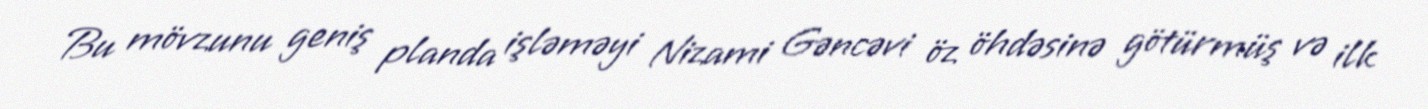
Bu mövzunu geniş planda işləməyi Nizami Gəncəvi öz öhdəsinə götürmüş və ilk